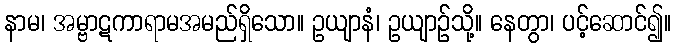
နာမ၊ အမ္ဗာဋကာရာမအမည်ရှိသော။ ဥယျာနံ၊ ဥယျာဉ်သို့။ နေတွာ၊ ပင့်ဆောင်၍။